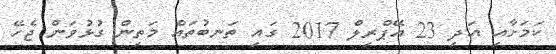
ކަމަށާއި އަދި 23 އޭޕްރިލް 2017 ގައި ތަނބުތައް މަތިން ގުޅުވަން ޖެހޭ